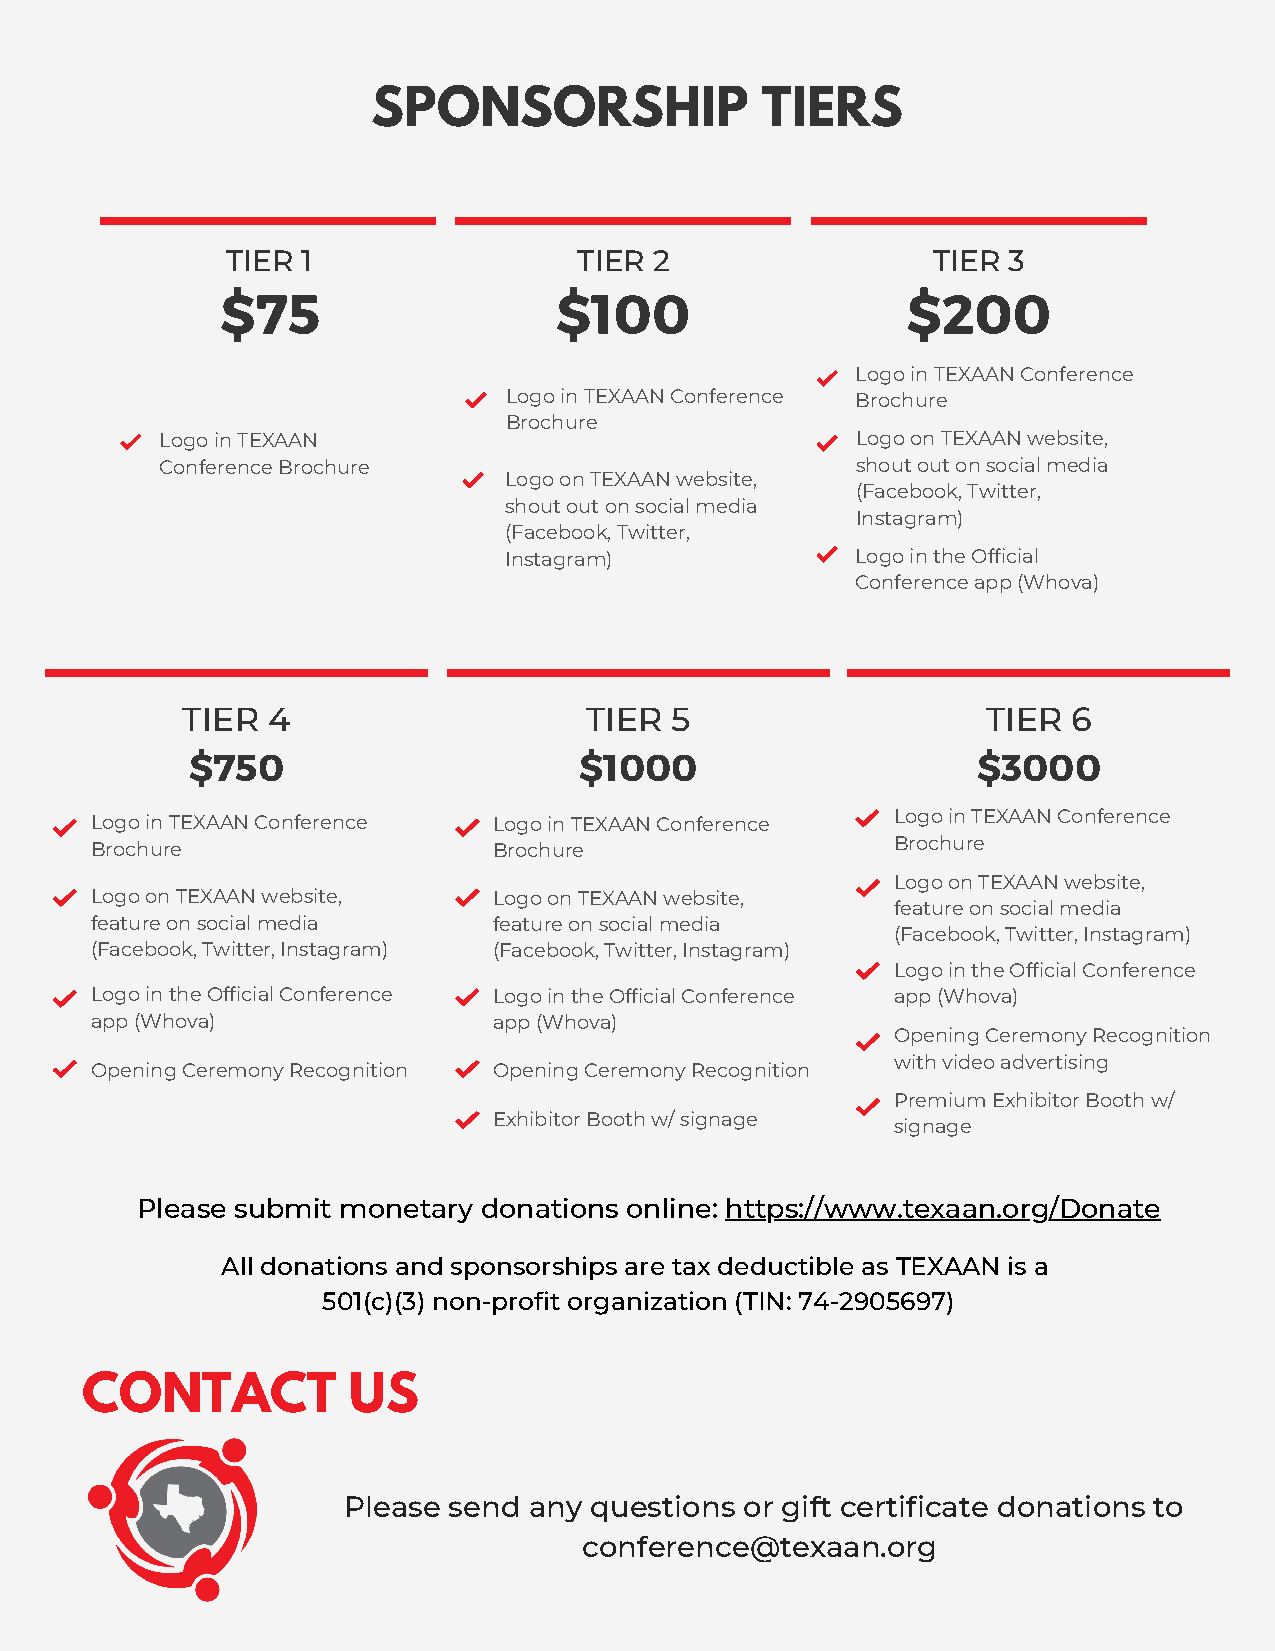
SPONSORSHIP              TIERS
 TIER 1                 TIER 2                  TIER 3
 $75                   $100                   $200
 Logo in TEXAAN Conference
 Logo in TEXAAN Conference Brochure
 Brochure
 Logo in TEXAAN                                Logo on TEXAAN website,
 Conference Brochure                           shout out on social media
 Logo on TEXAAN website,
 (Facebook, Twitter,
 shout out on social media
 Instagram)
 (Facebook, Twitter,
 Instagram)              Logo in the Official
 Conference app (Whova)
 TIER  4                    TIER 5                    TIER  6
 $750                     $1000                      $3000
 Logo in TEXAAN Conference  Logo in TEXAAN Conference Logo in TEXAAN Conference
 Brochure                   Brochure                  Brochure
 Logo on TEXAAN website,
 Logo on TEXAAN website,    Logo on TEXAAN website,
 feature on social media
 feature on social media    feature on social media
 (Facebook, Twitter, Instagram)
 (Facebook, Twitter, Instagram) (Facebook, Twitter, Instagram)
 Logo in the Official Conference
 Logo in the Official Conference Logo in the Official Conference app (Whova)
 app (Whova)                app (Whova)
 Opening Ceremony Recognition
 with video advertising
 Opening Ceremony Recognition Opening Ceremony Recognition
 Premium Exhibitor Booth w/
 Exhibitor Booth w/ signage
 signage
 Please submit monetary donations online: https://www.texaan.org/Donate
 All donations and sponsorships are tax deductible as TEXAAN is a
 501(c)(3) non-profit organization (TIN: 74-2905697)
 CONTACT           US
 Please send any questions or gift certificate donations to
 conference@texaan.org